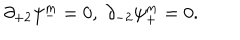
\partial _ { + 2 } \psi _ { - } ^ { m } = 0 , \ \partial _ { - 2 } \psi _ { + } ^ { m } = 0 .